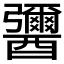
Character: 𨣾